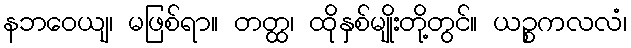
နဘဝေယျ၊ မဖြစ်ရာ။ တတ္ထ၊ ထိုနှစ်မျိုးတို့တွင်။ ယဉ္စကလလံ၊